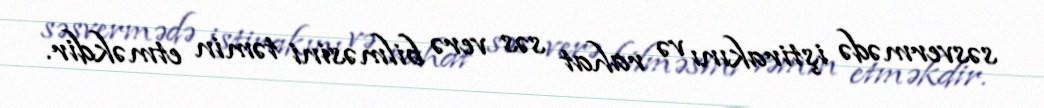
səsvermədə iştirakını və rahat səs verə bilməsini təmin etməkdir.